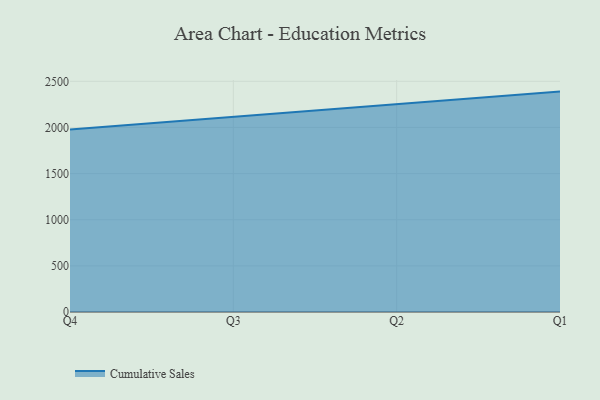
{"axis": {"x": "Quarter", "y": "Waste Production (Tons)"}, "legend": ["Cumulative Sales"], "data": [{"x": "Q4", "y": 1979.1, "type": "Cumulative Sales"}, {"x": "Q3", "y": 2115.8, "type": "Cumulative Sales"}, {"x": "Q2", "y": 2246.1, "type": "Cumulative Sales"}, {"x": "Q1", "y": 2388.5, "type": "Cumulative Sales"}]}